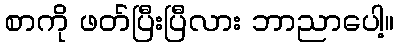
စာကို ဖတ်ပြီးပြီလား ဘာညာပေါ့။